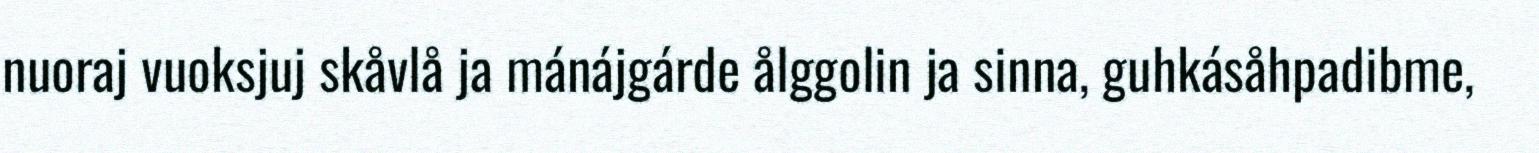
nuoraj vuoksjuj skåvlå ja mánájgárde ålggolin ja sinna, guhkásåhpadibme,